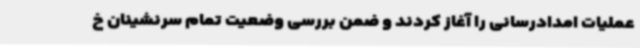
عملیات امدادرسانی را آغاز کردند و ضمن بررسی وضعیت تمام سرنشینان خ